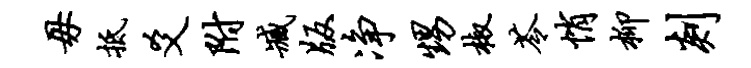
毋抵爻附臧版净甥椒苓悄柳剡